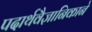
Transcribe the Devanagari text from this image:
पदार्थवैज्ञानिकाने